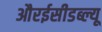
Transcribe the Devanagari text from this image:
औरईसीडब्ल्यू